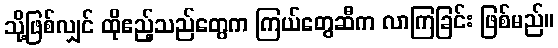
သို့ဖြစ်လျှင် ထိုဧည့်သည်တွေက ကြယ်တွေဆီက လာကြခြင်း ဖြစ်မည်။